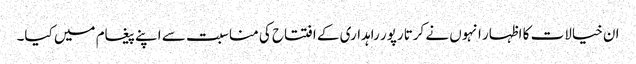
ان خیالات کا اظہار انہوں نے کرتارپور راہداری کے افتتاح کی مناسبت سے اپنے پیغام میں کیا۔